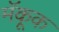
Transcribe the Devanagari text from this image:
मॅकूक